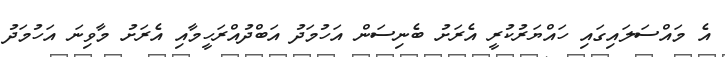
އެ މައްސަލައިގައި ހައްޔަރުކުރީ އެރަށު ބެނިސަން އަހުމަދު އަބްދުއްރަހީމާއި އެރަށު މާވިނަ އަހުމަދު